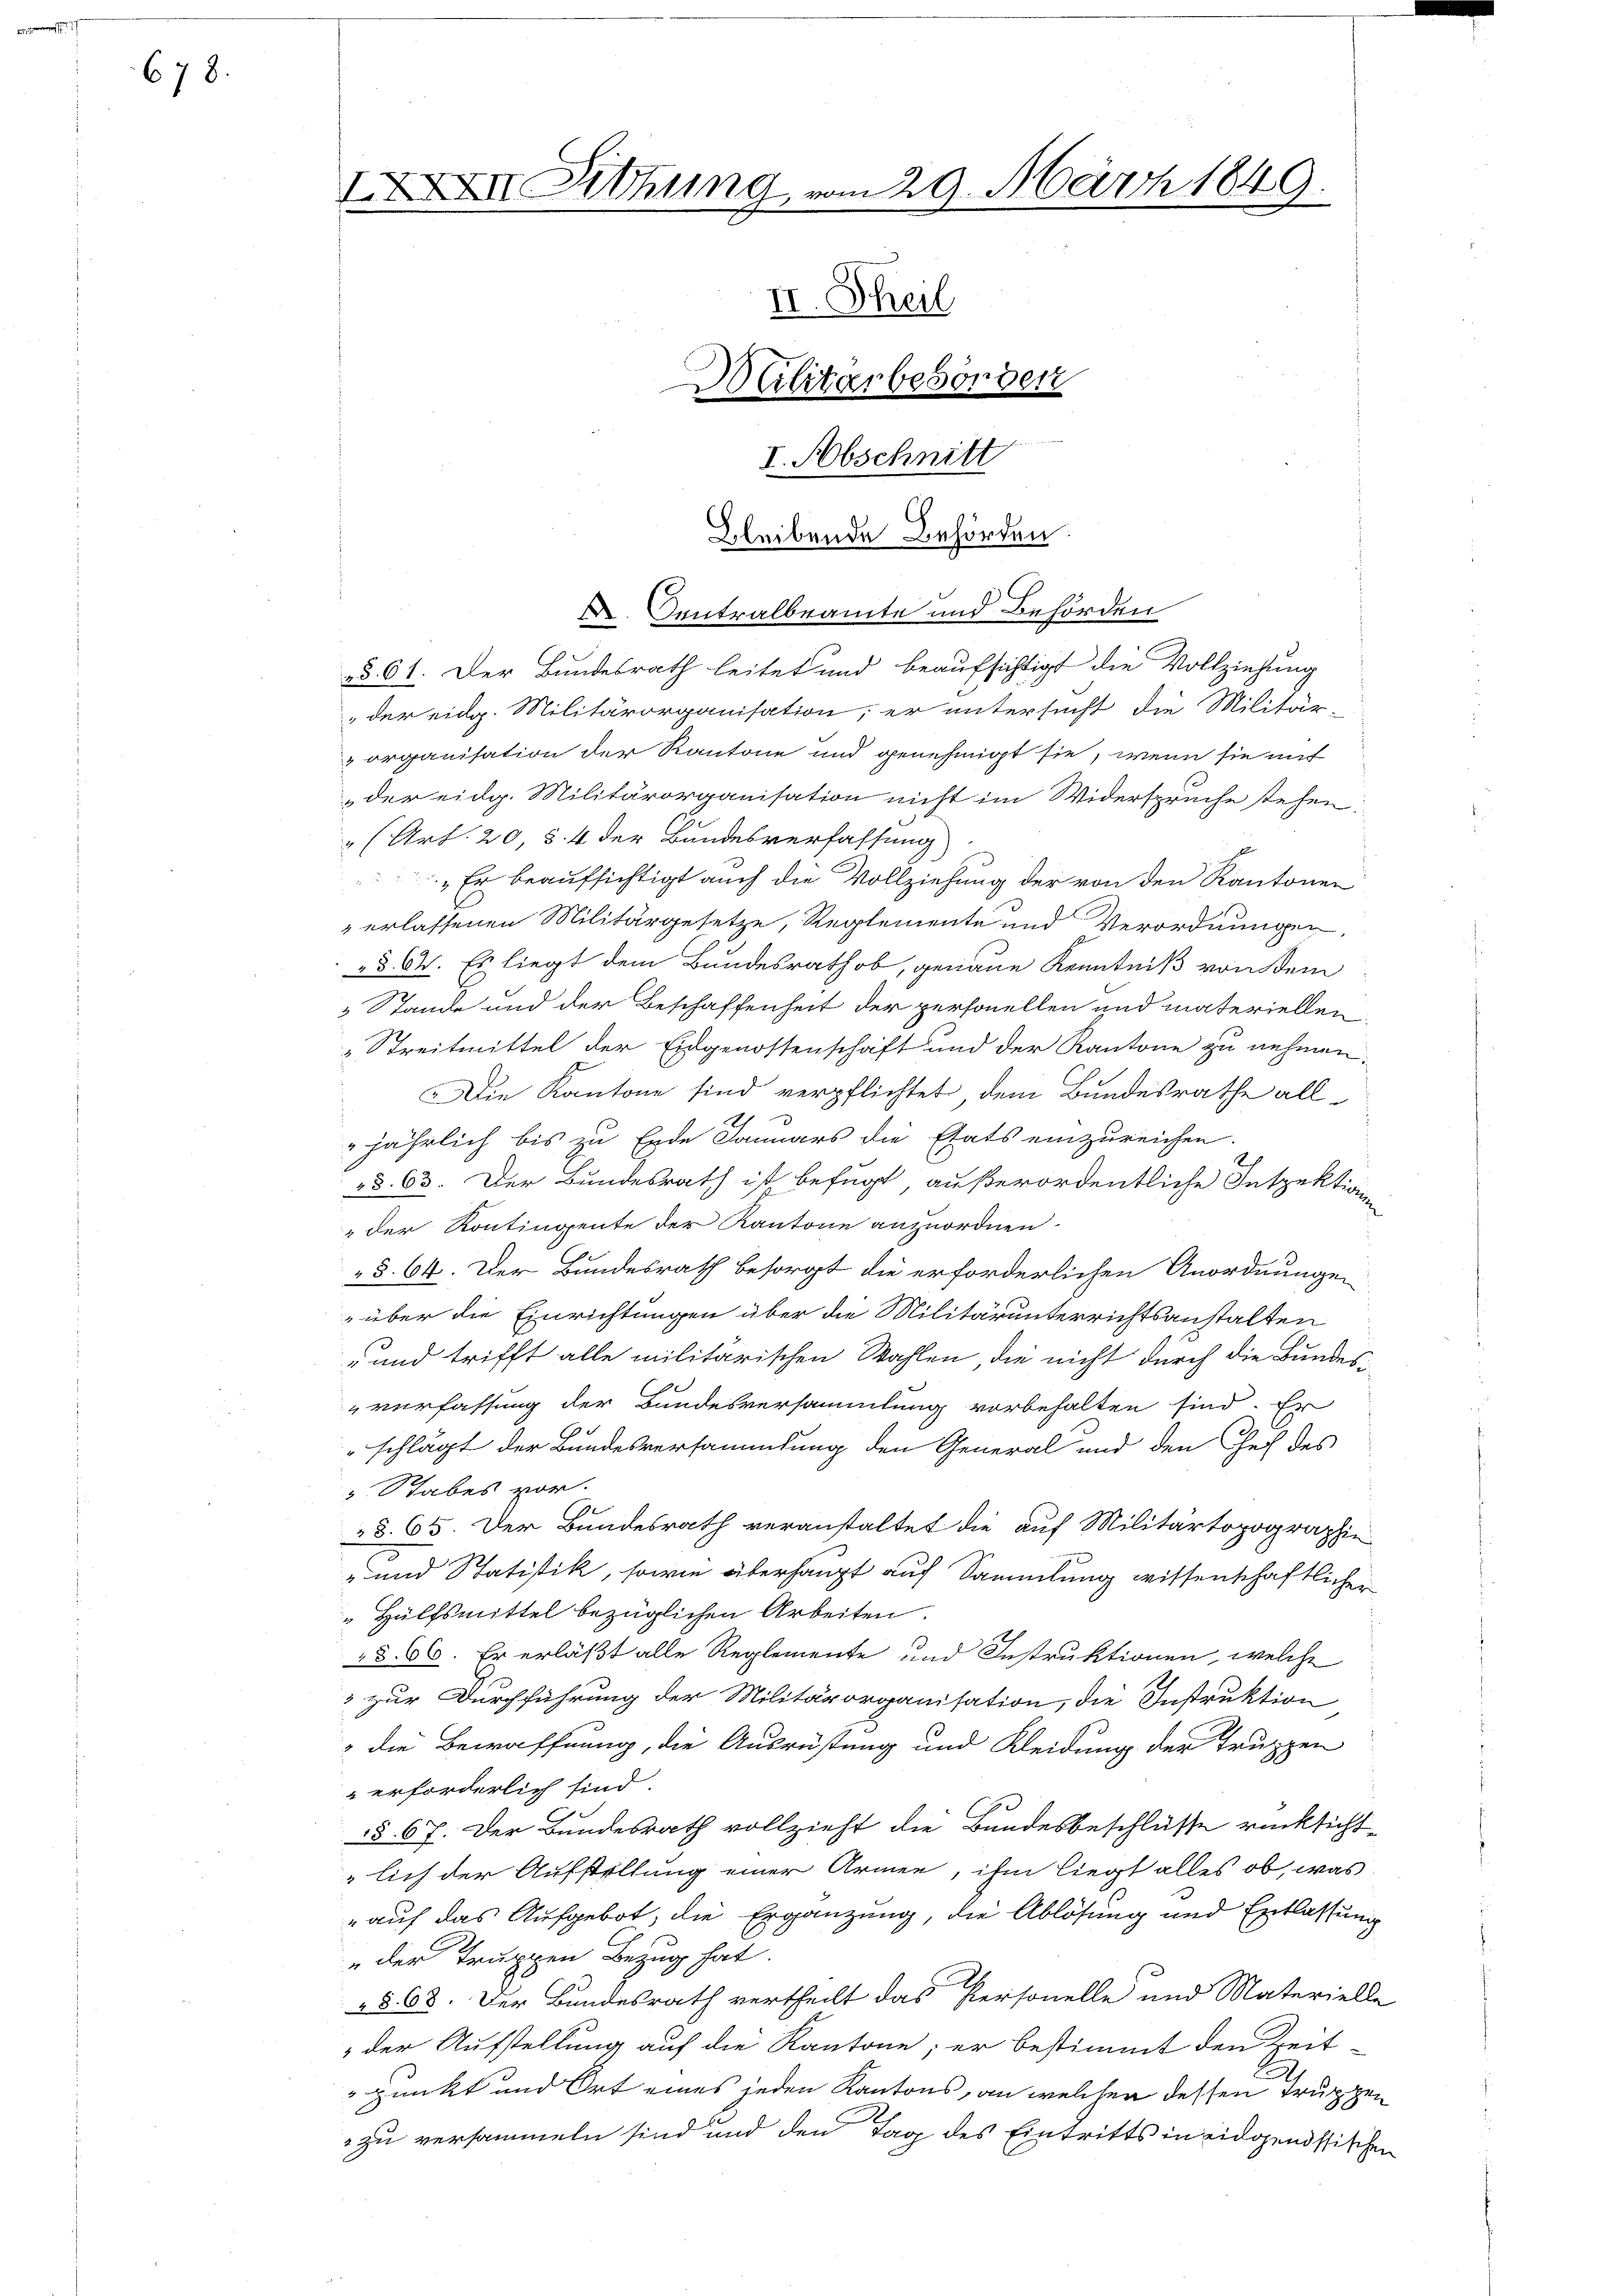
678.

§§ 61. Der Bundesrath leitet und beaufsichtigt die Vollziehung
der eidg. Militärorganisation, er untersucht die Militär-
 organisation der Kantone und genehmigt sie, wenn sie mit
der eidg. Militärorganisation nicht im Widerspruche stehen.
" (Art. 20, § 4 der Bundesverfassung
Er beaufsichtigt auch die Vollziehung der von den Kantonen
 erlassenen Militärgesetze, Reglemente und Verordnungen
§ 64. Es liegt dem Bundesrath ob, genaue Kenntniß von dem
 Stande und der Beschaffenheit der personellen und materiellen
„ Streitmittel der Eidgenossenschaft und der Kantone zu nehmen.
Die Kantone sind verpflichtet dem Bundesrathe allh
jährlich bis zu Ende Januars die Etats einzureichen.
§. 63. Der Bundesrath ist befugt außerordentliche Inspektionen
" der Kontingente der Kantone anzuordnen.
§ 64. Der Bundesrath besorgt die erforderlichen Anordnunge
über die Einrichtungen über die Militärunterrichtsanstalten
- und trifft alle militärischen Wahlen, die nicht durch die Bundesverfassung der Bundesversammlung vorbehalten sind. Er
schlägt der Bundesversammlung den General und den Chef des
 Rabes vor.
§. 65. Der Bundesrath veranstaltet die auf Militärtopographie
- und Statistik, sowie überhaupt auf Sammlung wissenschaftlicher
Hülfsmittel bezüglichen Arbeiten.
§ 66. Er erläßt alle Reglemente und Instruktionen, welche
 zur Durchführung der Militärorganisation, die Instruktion
 die Bewaffnung, die Ausrüstung und Kleidung der Truppen
 erforderlich sind.
§ 67. Der Bundesrath vollzieht die Bundesbeschlüsse rücksichtlich der Aufstellung einer Armen, ihm liegt alles ob, was
" auf das Aufgebot, die Ergänzung, die Ablösung und Entlassung
n der Truppen Bezug hat.
§ 68. Der Bundesrath vertheilt das Personelle und Materiell
 der Aufstellung auf die Kantone; er bestimmt den Zeit
punkt und Ort eines jeden Kantons, an welcher dessen Truppen
 zu versammeln sind und den Tag des Eintritts in eidgenössische

IXXII. Ziehung vom 29. März 1849.
II. Theil
Militarbesonder
I. Abschnitt

bleibende Behörden.
 Centralbeamte und Behörden

s

t
n
Von